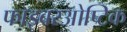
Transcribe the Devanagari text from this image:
फाइबरओप्टिक